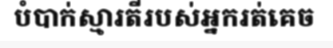
បំបាក់ស្មារតីរបស់អ្នករត់គេច